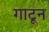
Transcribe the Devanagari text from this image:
गाटून